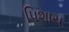
પિશાચ